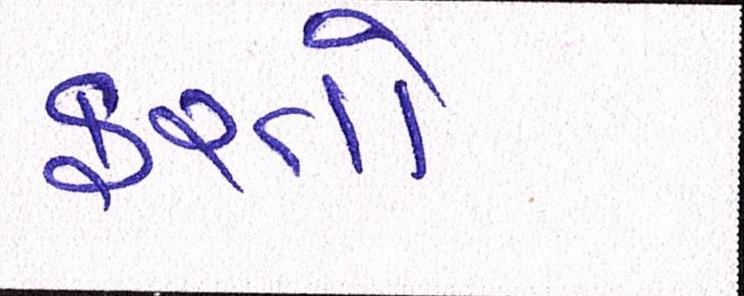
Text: ફરતો